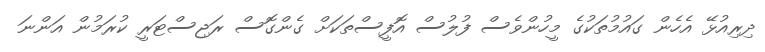
ދިރިއުޅޭ އެހެން ގައުމުތަކުގެ މީހުންވެސް ފުލުސް އޮފީސްތަކަށް ގެންގޮސް ރަޖިސްޓަރީ ކުރަމުން އަންނަ